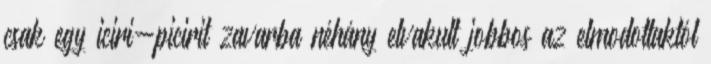
csak egy iciri-picirit zavarba néhány elvakult jobbos az elmodottaktól